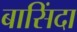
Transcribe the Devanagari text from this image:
बासिंदा